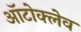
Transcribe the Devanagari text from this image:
ऑटोक्‍लेव